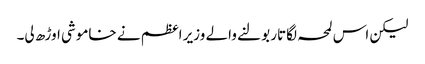
لیکن اس لمحہ لگاتار بولنے والے وزیر اعظم نے خاموشی اوڑھ لی۔